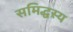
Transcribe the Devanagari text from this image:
समिद्धस्य